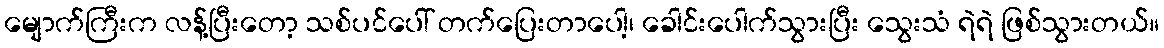
မျောက်ကြီးက လန့်ပြီးတော့ သစ်ပင်ပေါ် တက်ပြေးတာပေါ့၊ ခေါင်းပေါက်သွားပြီး သွေးသံ ရဲရဲ ဖြစ်သွားတယ်။